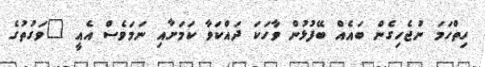
ހިތްހަމަ ނުޖެހިގެން ބައެއް ބޭފުޅުން ވާހަކަ ދައްކަވާ ކަމަށާއި ނަމަވެސް އެއީ "ވަގުތުގެ